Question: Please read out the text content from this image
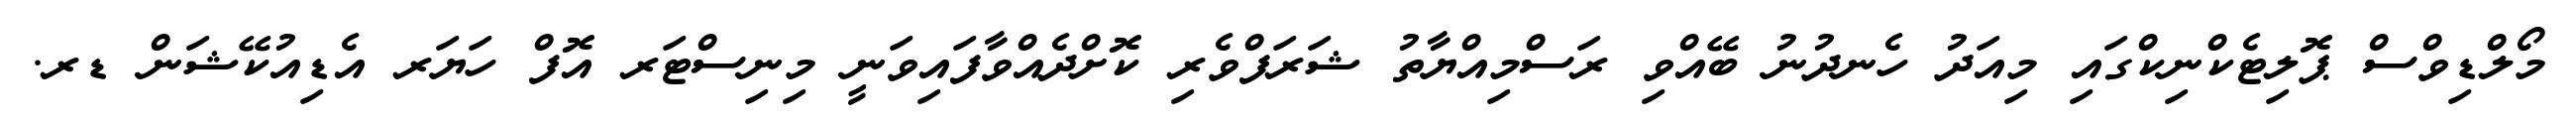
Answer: މޯލްޑިވްސް ޕޮލިޓެކްނިކްގައި މިއަދު ހެނދުނު ބޭއްވި ރަސްމިއްޔާތު ޝަރަފްވެރި ކޮށްދެއްވާފައިވަނީ މިނިސްޓަރ އޮފް ހަޔަރ އެޑިއުކޭޝަން ޑރ.